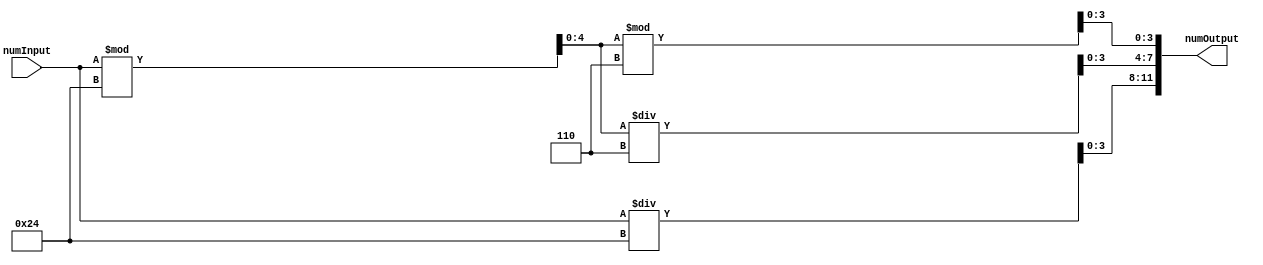
module Convert_6BCD(numInput, numOutput);
    input [6:0] numInput;
    output [11:0] numOutput;

    wire [4:0] mod36;
    assign mod36            = numInput % 36;

    assign numOutput[11:8]  = numInput / 36;
    assign numOutput[7:4]   = mod36 / 6;
    assign numOutput[3:0]   = mod36 % 6;

endmodule